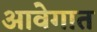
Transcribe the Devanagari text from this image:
आवेगात